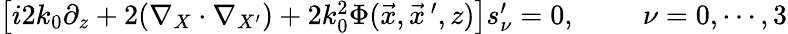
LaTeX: \begin{array}{r}{\left[i2k_{0}\partial_{z}+2(\nabla_{X}\cdot\nabla_{X^{\prime}})+2k_{0}^{2}\Phi(\vec{x},\vec{x}\, ^{\prime},z)\right]s_{\nu}^{\prime}=0,\, \, \, \, \, \, \, \, \, \, \, \, \, \, \nu=0,\cdots,3}\end{array}